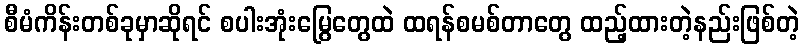
စီမံကိန်းတစ်ခုမှာဆိုရင် စပါးအုံးမြွေတွေထဲ ထရန်စမစ်တာတွေ ထည့်ထားတဲ့နည်းဖြစ်တဲ့